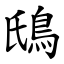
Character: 䲭